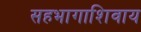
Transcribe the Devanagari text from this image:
सहभागाशिवाय